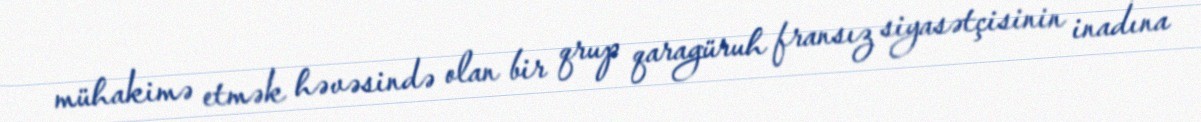
mühakimə etmək həvəsində olan bir qrup qaragüruh fransız siyasətçisinin inadına